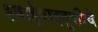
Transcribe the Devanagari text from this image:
हवाईवाहतुकीचे